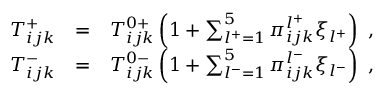
\begin{array} { r l r } { T _ { i j k } ^ { + } } & { = } & { T _ { i j k } ^ { 0 + } \left( 1 + \sum _ { l ^ { + } = 1 } ^ { 5 } \pi _ { i j k } ^ { l ^ { + } } \xi _ { l ^ { + } } \right) ~ , } \\ { T _ { i j k } ^ { - } } & { = } & { T _ { i j k } ^ { 0 - } \left( 1 + \sum _ { l ^ { - } = 1 } ^ { 5 } \pi _ { i j k } ^ { l ^ { - } } \xi _ { l ^ { - } } \right) ~ , } \end{array}